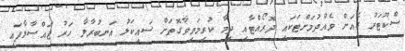
ސްކޫޓަރު ގެއަށް ވެއްދުމަށްޓަކައި ދޮރޯއްޓާއި ދިމާ ކުރިމަތިވާގޮތަށް ސައިކަލު އަނބުރާލާ ހަރު ޖައްސާލާފައި